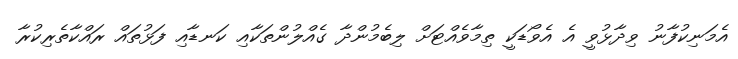
އެމަނިކުފާނު ވިދާޅުވީ އެ އެވޯޑަކީ ތިމާވެއްޓަށް ލިބެމުންދާ ގެއްލުންތަކާއި ކަނޑާއި ފަޅުތައް ރައްކާތެރިކުރާ